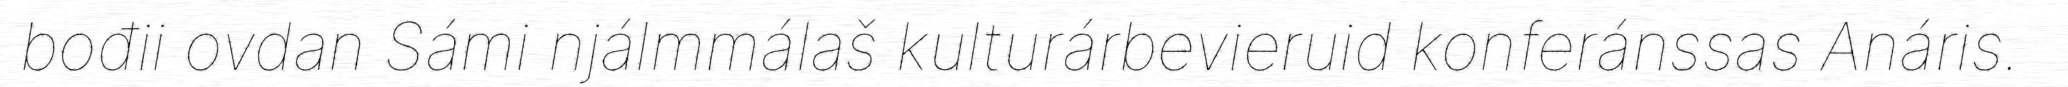
bođii ovdan Sámi njálmmálaš kulturárbevieruid konferánssas Anáris.